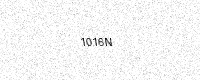
Text: 1016N